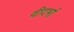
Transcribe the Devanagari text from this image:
वीदर्भा